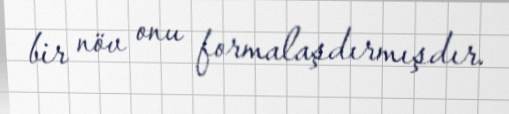
bir növ onu formalaşdırmışdır.